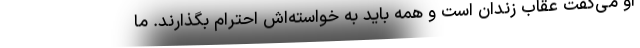
او می‌گفت عقاب زندان است و همه باید به خواسته‌اش احترام بگذارند. ما